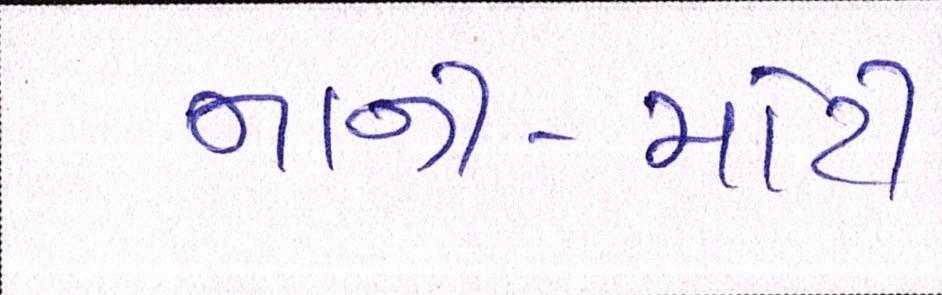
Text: નાની-મોટી